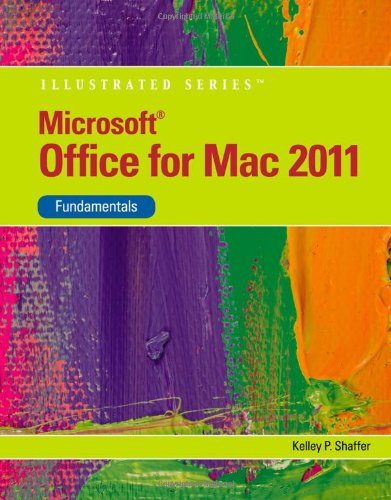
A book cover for Microsoft Office 2011 for Macintosh, Illustrated Fundamentals; Kelley Shaffer; Computers & Technology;